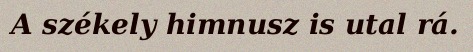
A székely himnusz is utal rá.